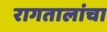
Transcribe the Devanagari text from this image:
रागतालांचा